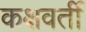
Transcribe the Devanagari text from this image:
कक्षवर्ती